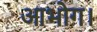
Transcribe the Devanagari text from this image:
आभोग।